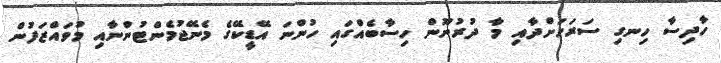
ހާދިސާ ހިނގި ސަރަހަށްދާއި މާ ދުރުނޫން ހިސާބެއްގައި ހުންނަ އޭޑީކޭގެ މެނޭޖުމެންޓުންނާއި މުވައްޒަފުން